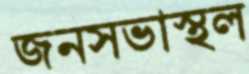
জনসভাস্থল